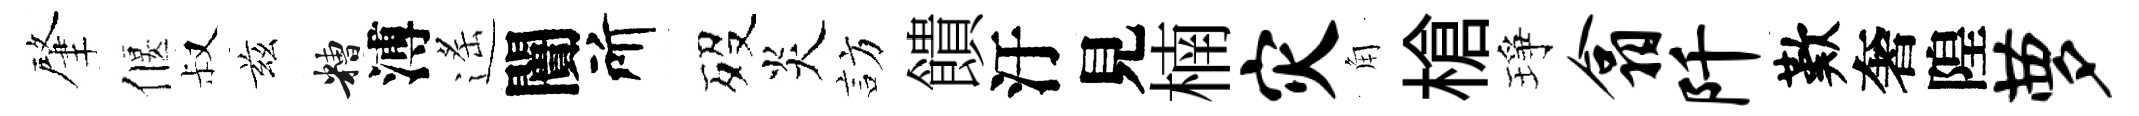
肇偃叔兹糟溥遙闠所歿炎訪饋汙見楠灾角槍琤翕阡歎奢隍萝